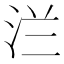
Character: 㳕